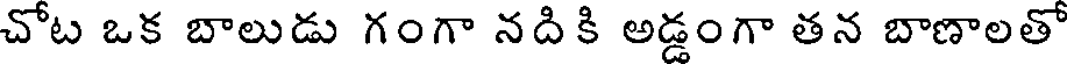
చోట ఒక బాలుడు గంగా నదికి అడ్డంగా తన బాణాలతో